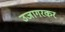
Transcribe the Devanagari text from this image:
उजागरकर